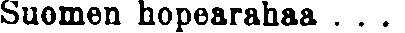
Suomen hopearahaa . . .